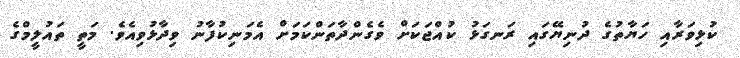
ކުޅިވަރާއި ހަޔާތުގެ ދުނިޔޭގައި ރަނގަޅު ކުއްޖަކަށް ވެގެންދާތަންކަމަށް އެމަނިކުފާނު ވިދާޅުވިއެވެ. މަތީ ތައުލީމްގެ